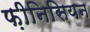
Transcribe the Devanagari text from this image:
फ़ीनिसियन